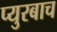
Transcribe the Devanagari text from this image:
प्युरबाच